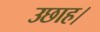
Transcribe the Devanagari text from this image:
उछाह।